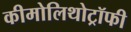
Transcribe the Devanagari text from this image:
कीमोलिथोट्रॉफी